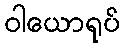
ဝါယောရုပ်